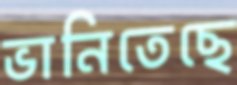
ভানিতেছে